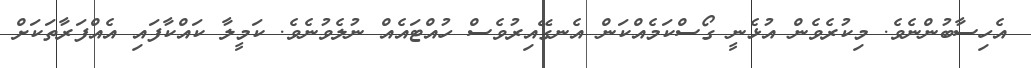
އެހިސާބުންނެވެ. މިކުރެވެން އުޅެނީ ގޯސްކަމެއްކަން އެނގޭއިރުވެސް ހުއްޓައެއް ނުލެވުނެވެ. ކަމީލާ ކައްކާފައި އެއްފަރާތަކަށް